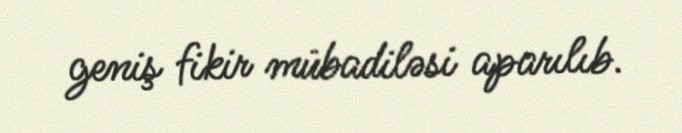
geniş fikir mübadiləsi aparılıb.